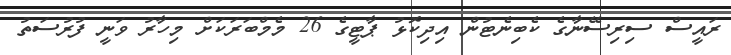
ރައީސް ސިރިސޭނާގެ ކެބިނެޓުން އިދިކޮޅު ޕާޓީގެ 26 މެމްބަރަކަށް މިހާރު ވަނީ ފުރުސަތު